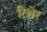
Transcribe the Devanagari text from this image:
रिश्चेर